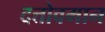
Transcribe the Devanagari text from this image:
दत्तोवमान